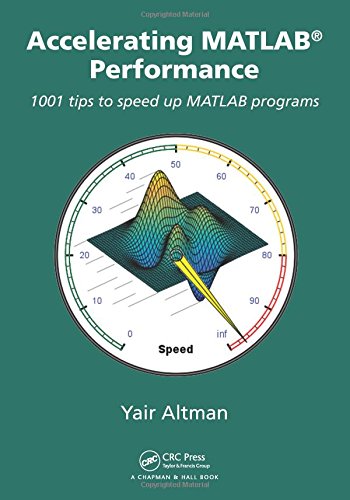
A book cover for Accelerating MATLAB Performance: 1001 tips to speed up MATLAB programs; Yair M. Altman; Computers & Technology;